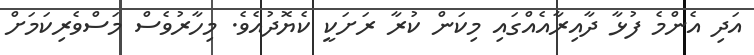
އަދި އެންމެ ފުޅާ ދާއިރާއެއްގައި މިކަން ކުރާ ރަށަކީ ކެޔޮދުއެވެ. މިހާރުވެސް މަސްވެރިކަމަށް